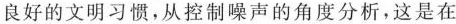
良好的文明习惯，从控制噪声的角度分析，这是在